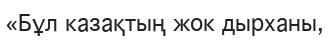
«Бұл казақтың жок дырханы,